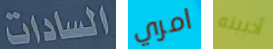
السادات امري أحببته